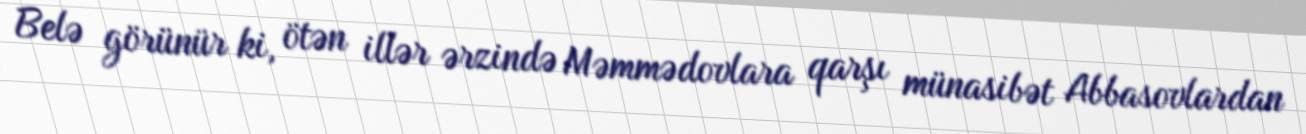
Belə görünür ki, ötən illər ərzində Məmmədovlara qarşı münasibət Abbasovlardan